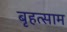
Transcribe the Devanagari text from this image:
बृहत्साम